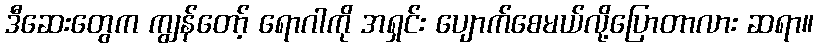
ဒီဆေးတွေက ကျွန်တော့် ရောဂါကို အရှင်း ပျောက်စေမယ်လို့ပြောတာလား ဆရာ။